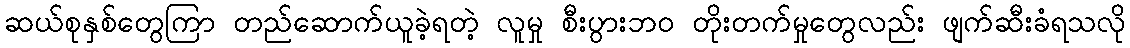
ဆယ်စုနှစ်တွေကြာ တည်ဆောက်ယူခဲ့ရတဲ့ လူမှု စီးပွားဘဝ တိုးတက်မှုတွေလည်း ဖျက်ဆီးခံရသလို